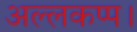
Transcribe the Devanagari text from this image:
अल्लकप्प।